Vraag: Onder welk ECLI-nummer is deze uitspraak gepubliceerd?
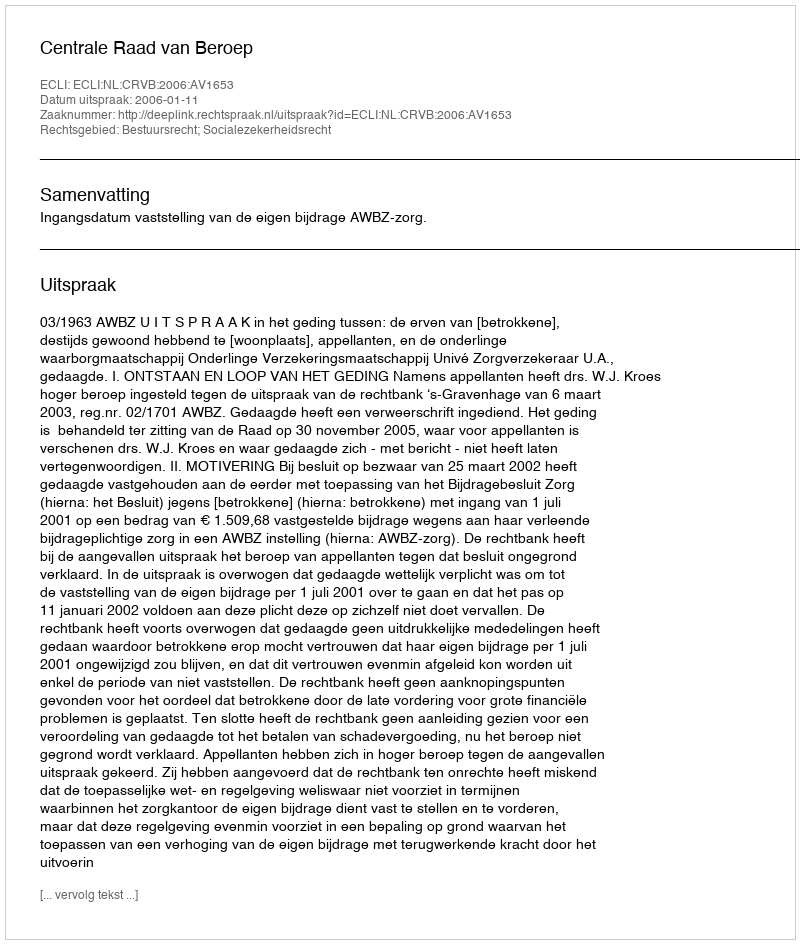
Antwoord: ECLI:NL:CRVB:2006:AV1653